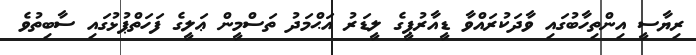
ރިޔާސީ އިންތިހާބުގައި ވާދަކުރައްވާ ޑީއާރުޕީގެ ލީޑަރު އަޙްމަދު ތަސްމީން ޢަލީގެ ފަހަތްޕުޅުގައި ސާބިތުވެ